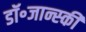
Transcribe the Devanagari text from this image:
डॉ॰जान्स्की